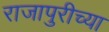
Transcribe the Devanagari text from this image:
राजापुरीच्या